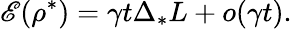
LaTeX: \mathscr{E}(\rho^{*})=\gamma t\Delta_{*}L+o(\gamma t).